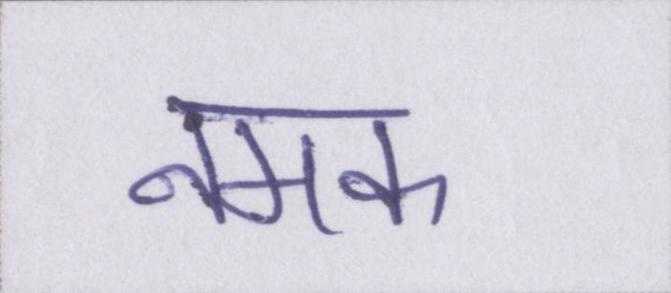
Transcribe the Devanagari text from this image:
नमक